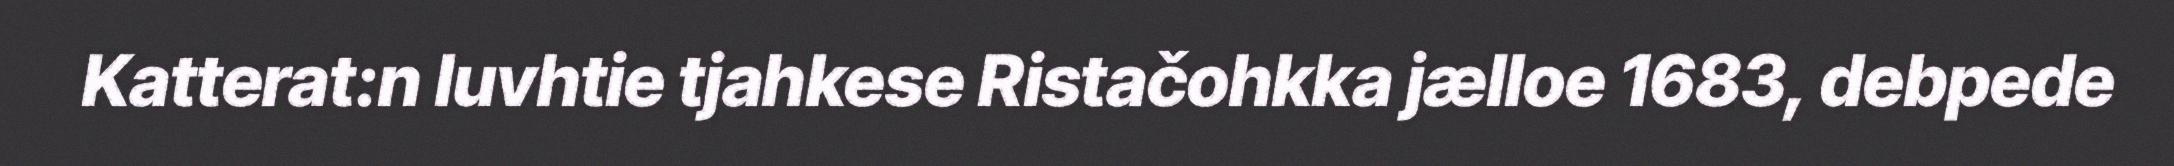
Katterat:n luvhtie tjahkese Ristačohkka jælloe 1683, debpede